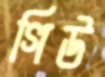
গিউ